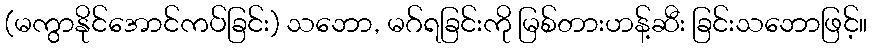
(မကွာနိုင်အောင်ကပ်ခြင်း) သဘော, မဂ်ရခြင်းကို မြစ်တားဟန့်ဆီး ခြင်းသဘောဖြင့်။